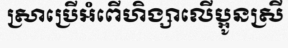
ស្រាប្រើអំពើហិង្សាលើប្អូនស្រី